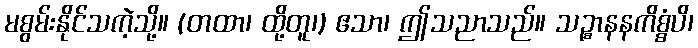
မစွမ်းနိုင်သကဲ့သို့။ (တထာ၊ ထို့တူ၊) ဧသာ၊ ဤသညာသည်။ သဉ္စာနနကိစ္စံပိ၊